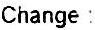
CHANGE :